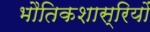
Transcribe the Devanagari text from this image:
भौतिकशास्रियों